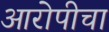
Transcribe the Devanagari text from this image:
आरोपीचा